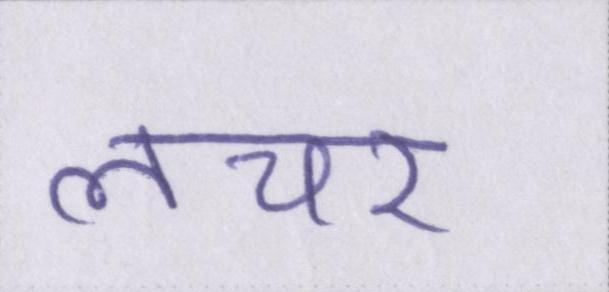
लचर